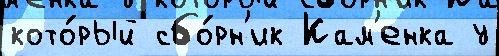
кото́рый сбо́рн'ик Кам'енка у